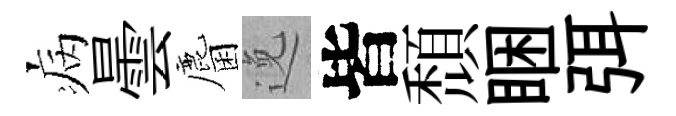
病曇麕𨓜皆頹睏弭